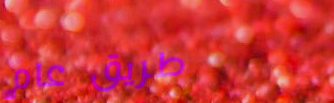
طريق عام